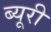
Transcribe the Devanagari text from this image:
ब्यूरी